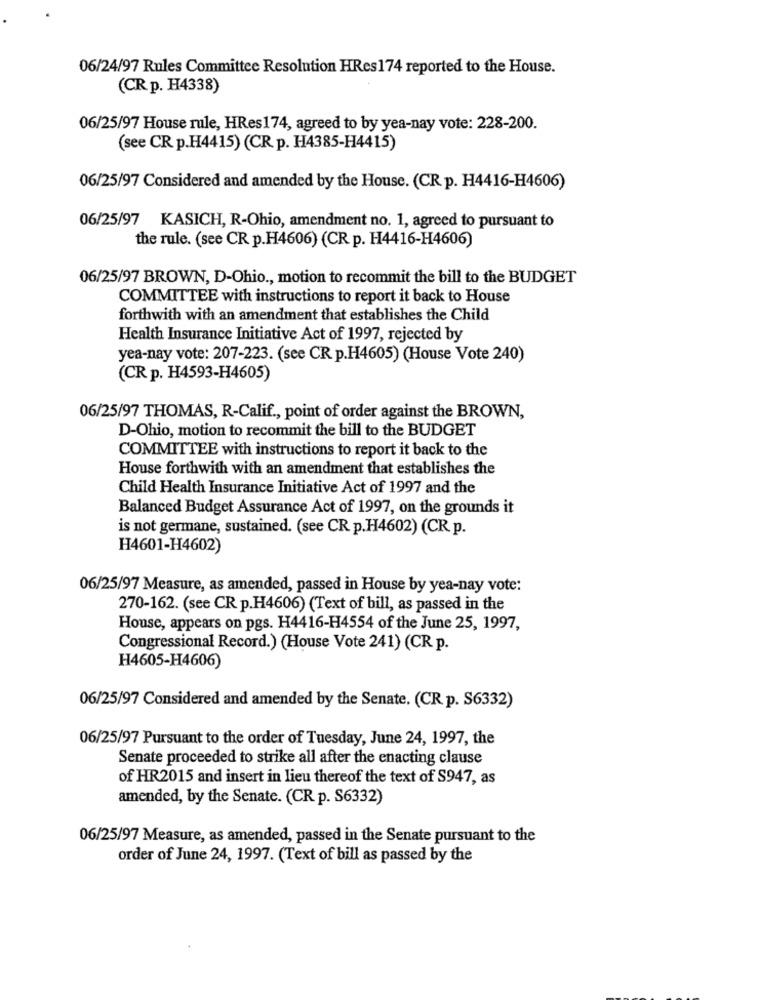
06/24/97 Rules Committee Resolution HRes174 reported to the House.
(CR p. H4338)
06/25/97 House rule, HRes174, agreed to by yea-nay vote: 228-200.
(see CR p.H4415) (CR p. H4385-H4415)
06/25/97 Considered and amended by the House. (CR p. H4416-H4606)
06/25/97 KASICH, R-Ohio, amendment no. 1, agreed to pursuant to
the rule. (see CR p.H4606) (CR p. H4416-H4606)
06/25/97 BROWN, D-Ohio ., motion to recommit the bill to the BUDGET
COMMITTEE with instructions to report it back to House
forthwith with an amendment that establishes the Child
Health Insurance Initiative Act of 1997, rejected by
yea-nay vote: 207-223. (see CR p.H4605) (House Vote 240)
(CR p. H4593-H4605)
06/25/97 THOMAS, R-Calif ., point of order against the BROWN,
D-Ohio, motion to recommit the bill to the BUDGET
COMMITTEE with instructions to report it back to the
House forthwith with an amendment that establishes the
Child Health Insurance Initiative Act of 1997 and the
Balanced Budget Assurance Act of 1997, on the grounds it
is not germane, sustained. (see CR p.H4602) (CR p.
H4601-H4602)
06/25/97 Measure, as amended, passed in House by yea-nay vote:
270-162. (see CR p.H4606) (Text of bill, as passed in the
House, appears on pgs. H4416-H4554 of the June 25, 1997,
Congressional Record.) (House Vote 241) (CR p.
H4605-H4606)
06/25/97 Considered and amended by the Senate. (CR p. S6332)
06/25/97 Pursuant to the order of Tuesday, June 24, 1997, the
Senate proceeded to strike all after the enacting clause
of HR2015 and insert in lieu thereof the text of S947, as
amended, by the Senate. (CR p. S6332)
06/25/97 Measure, as amended, passed in the Senate pursuant to the
order of June 24, 1997. (Text of bill as passed by the